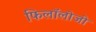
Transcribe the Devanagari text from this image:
फिलॉलोजी